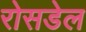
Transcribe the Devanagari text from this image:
रोसडेल